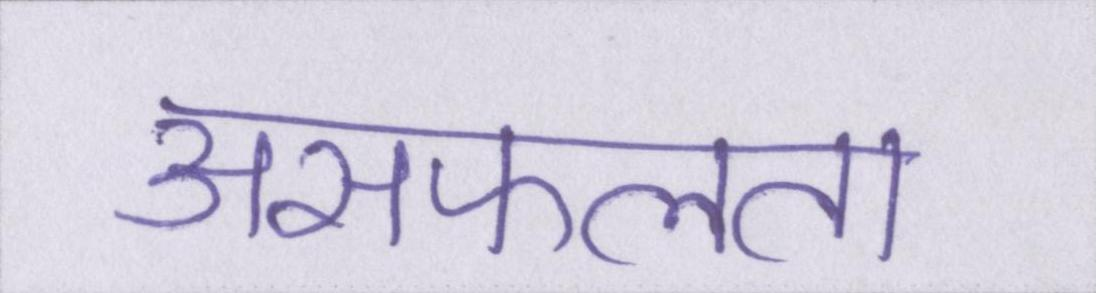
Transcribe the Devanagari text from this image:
असफलता